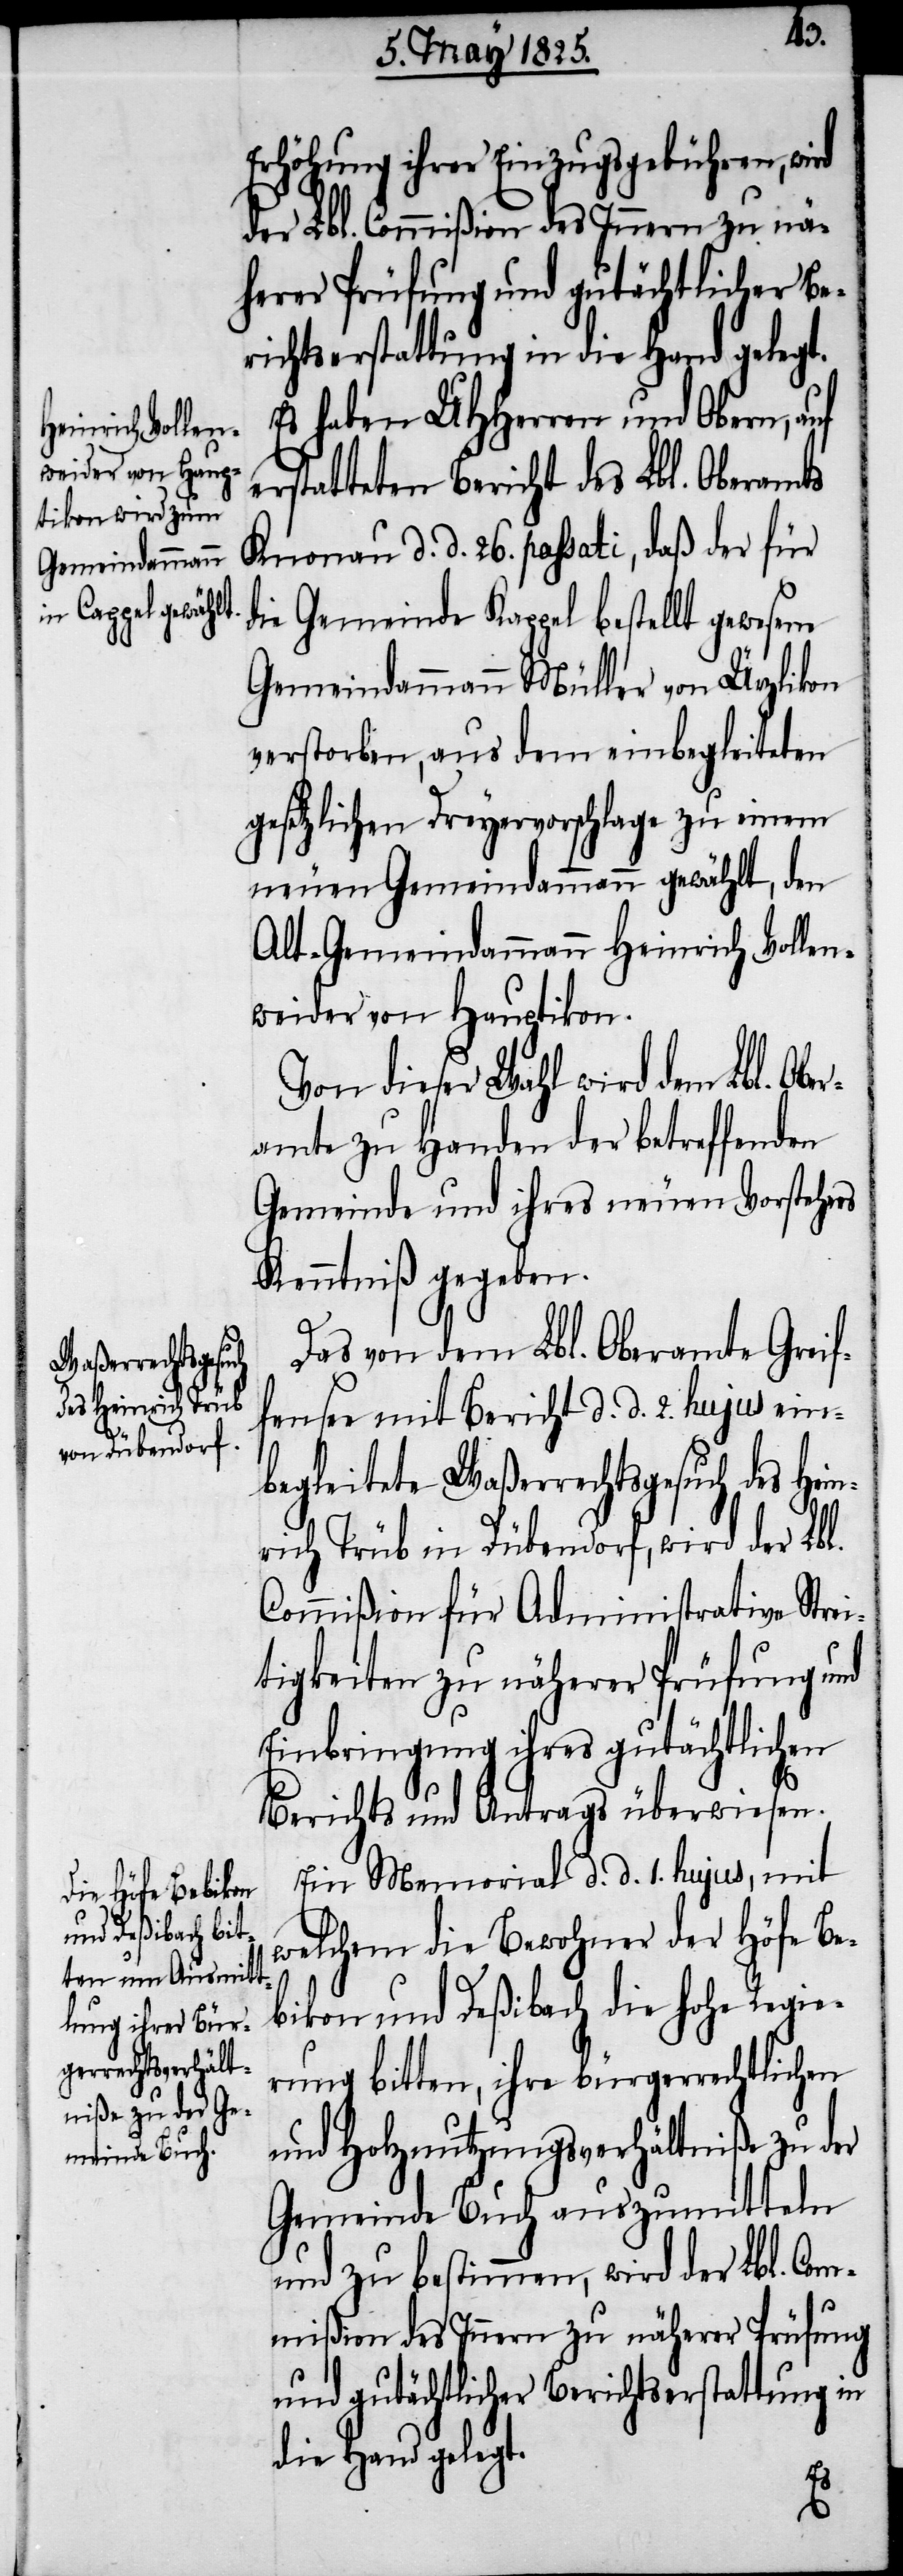
Erhöhung ihrer Einzugsgebühren, wi¬
der Lbl. Commißion des Innern zu nä¬
herer Prüfung und gutächtlicher Be¬
richtserstattung in die Hand gelegt.
Es haben UHHerren und Obern, auf
erstatteten Bericht des Lbl. Oberamts
Knonau d. d. 26. passati, daß der für
die Gemeinde Kappel bestellt gewesene
Gemeindammann Müller von Ürzlikon
verstorben, aus dem einbegleiteten
gesetzlichen Dreyervorschlage zu einem
neuen Gemeindammann gewählt, den
Alt-Gemeindammann Heinrich Vollen¬
weider von Hauptikon.
Von dieser Wahl wird dem Lbl. Obe¬
ramte zu Handen der betreffenden
Gemeinde und ihres neuen Vorstehers
Kenntniß gegeben.
Das von dem Lbl. Oberamte Greif¬
ensee mit Bericht d. d. 2. hujus ein¬
begleitete Waßerrechtsgesuch des Hein¬
rich Trüb in Dübendorf, wird der Lbl.
Commißion für Administrative Strei¬
tigkeiten zu näherer Prüfung und
Einbringung ihres gutächtlichen
Berichts und Antrags überwiesen.
Ein Memorial d. d. 1. hujus, mit
welchem die Bewohner der Höfe Be¬
bikon und Deßibach die hohe Regie¬
rung bitten, ihre bürgerrechtlichen
und Holznutzungsverhältniße zu der
Gemeinde Buch auszumitteln
und zu bestimmen, wird der Lbl. Com¬
mißion des Innern zu näherer Prüfung
und gutächtlicher Berichtserstattung in
die Hand gelegt.
rd